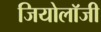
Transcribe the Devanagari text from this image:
जियोलाॅजी